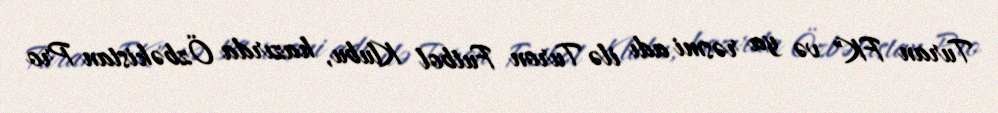
Turan FK" və ya rəsmi adı ilə Turon Futbol Klubu, hazırda Özbəkistan Pro